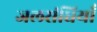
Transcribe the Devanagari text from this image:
जलसंधियाँ